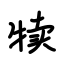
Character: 犊